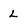
Character: L